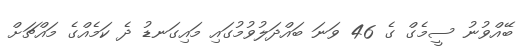
ބޭއްވުނު ސީމެގް ގެ 46 ވަނަ ބައްދަލުވުމުގައި މައިގަނޑު ދެ ކަމެއްގެ މައްޗަށް